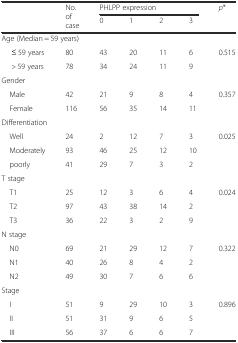
<table><thead><tr><td rowspan="2"></td><td rowspan="2"><b>No. of case</b></td><td colspan="4"><b>PHLPP expression</b></td><td rowspan="2"><b><i>p</i>*</b></td></tr><tr><td><b>0</b></td><td><b>1</b></td><td><b>2</b></td><td><b>3</b></td></tr></thead><tbody><tr><td colspan="7">Age (Median = 59 years)</td></tr><tr><td>≤ 59 years</td><td>80</td><td>43</td><td>20</td><td>11</td><td>6</td><td rowspan="2">0.515</td></tr><tr><td>&gt; 59 years</td><td>78</td><td>34</td><td>24</td><td>11</td><td>9</td></tr><tr><td>Gender</td><td></td><td></td><td></td><td></td><td></td><td></td></tr><tr><td> Male</td><td>42</td><td>21</td><td>9</td><td>8</td><td>4</td><td rowspan="2">0.357</td></tr><tr><td> Female</td><td>116</td><td>56</td><td>35</td><td>14</td><td>11</td></tr><tr><td colspan="7">Differentiation</td></tr><tr><td> Well</td><td>24</td><td>2</td><td>12</td><td>7</td><td>3</td><td rowspan="3">0.025</td></tr><tr><td> Moderately</td><td>93</td><td>46</td><td>25</td><td>12</td><td>10</td></tr><tr><td> poorly</td><td>41</td><td>29</td><td>7</td><td>3</td><td>2</td></tr><tr><td colspan="7">T stage</td></tr><tr><td> T1</td><td>25</td><td>12</td><td>3</td><td>6</td><td>4</td><td rowspan="3">0.024</td></tr><tr><td> T2</td><td>97</td><td>43</td><td>38</td><td>14</td><td>2</td></tr><tr><td> T3</td><td>36</td><td>22</td><td>3</td><td>2</td><td>9</td></tr><tr><td colspan="7">N stage</td></tr><tr><td> N0</td><td>69</td><td>21</td><td>29</td><td>12</td><td>7</td><td rowspan="3">0.322</td></tr><tr><td> N1</td><td>40</td><td>26</td><td>8</td><td>4</td><td>2</td></tr><tr><td> N2</td><td>49</td><td>30</td><td>7</td><td>6</td><td>6</td></tr><tr><td colspan="7">Stage</td></tr><tr><td> I</td><td>51</td><td>9</td><td>29</td><td>10</td><td>3</td><td rowspan="3">0.896</td></tr><tr><td> II</td><td>51</td><td>31</td><td>9</td><td>6</td><td>5</td></tr><tr><td> III</td><td>56</td><td>37</td><td>6</td><td>6</td><td>7</td></tr></tbody></table>